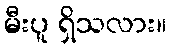
မီးပူ ရှိသလား။